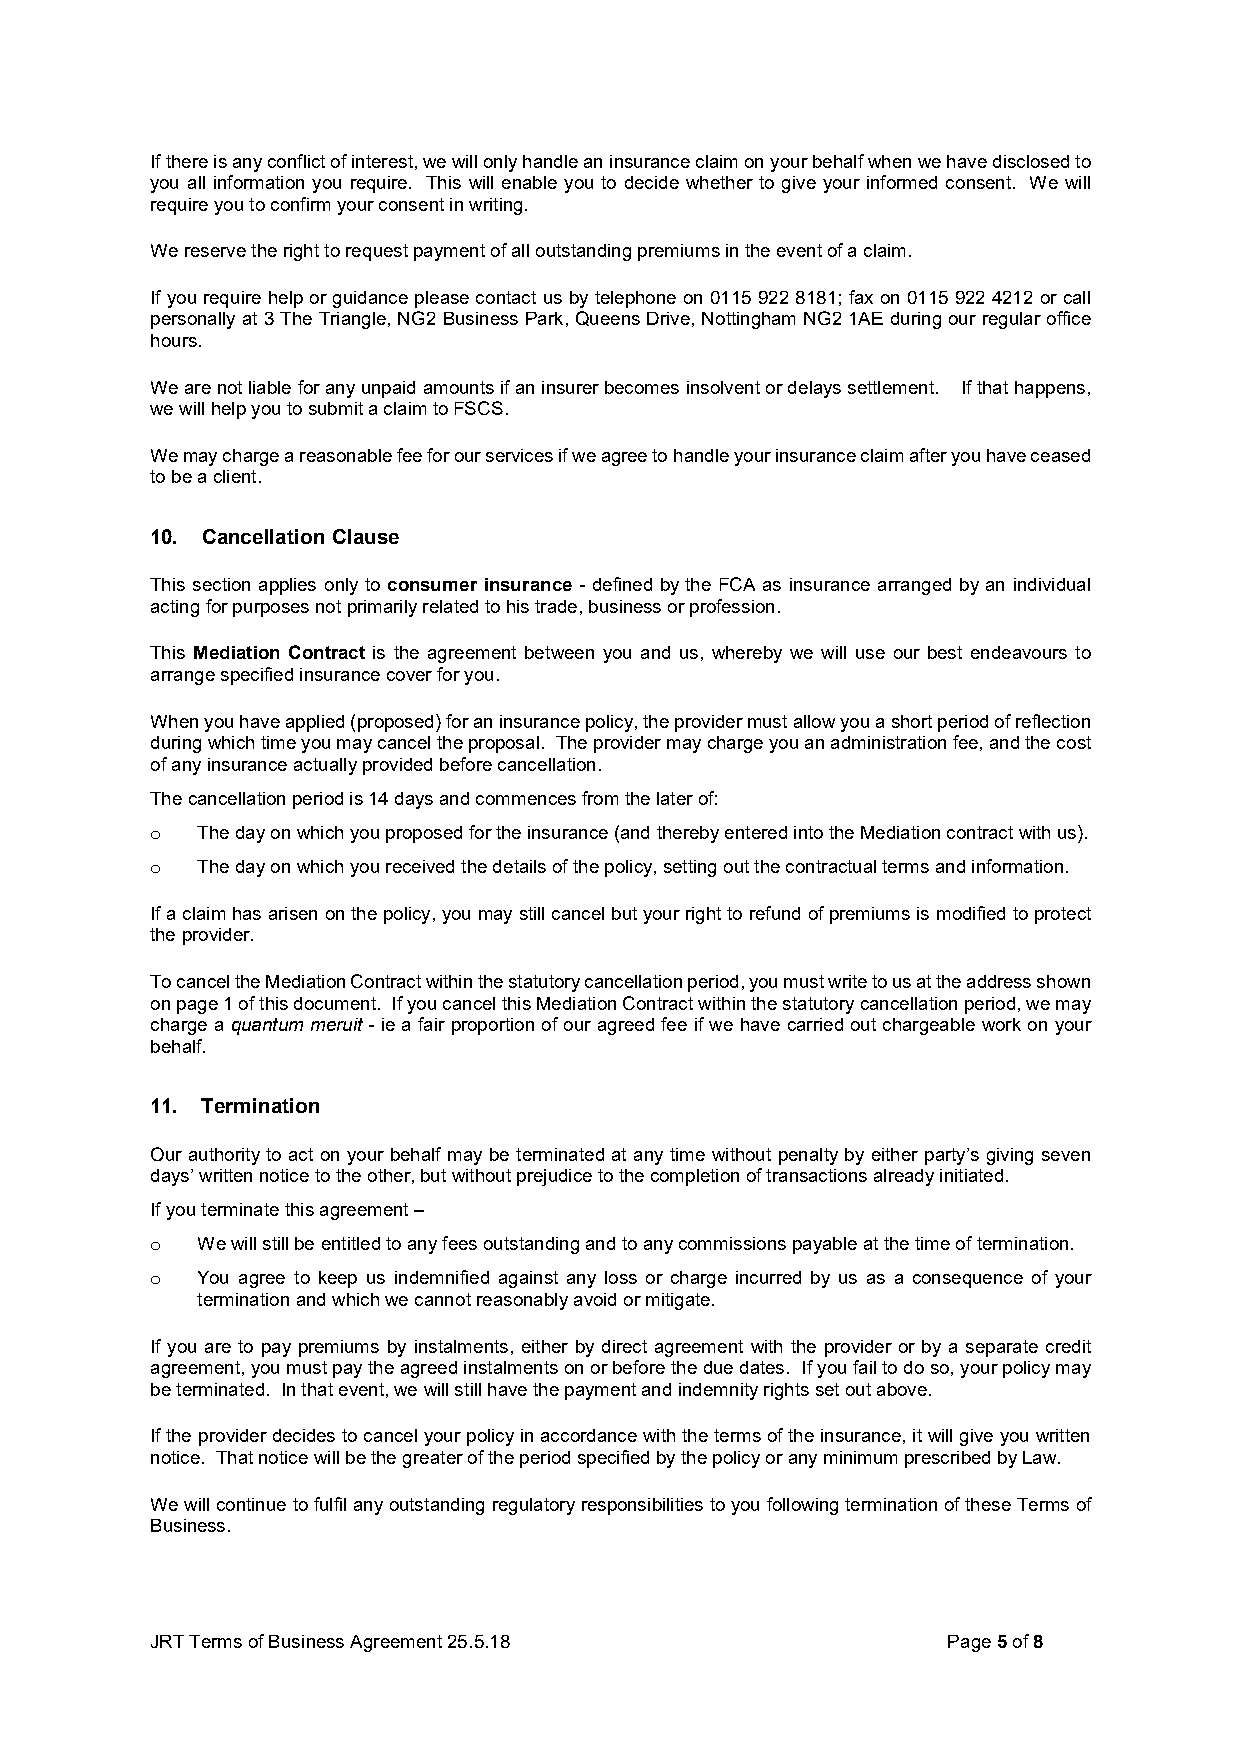
If there is any conflict of interest, we will only handle an insurance claim on your behalf when we have disclosed to
 you all information you require. This will enable you to decide whether to give your informed consent. We will
 require you to confirm your consent in writing.
 We reserve the right to request payment of all outstanding premiums in the event of a claim.
 If you require help or guidance please contact us by telephone on 0115 922 8181; fax on 0115 922 4212 or call
 personally at 3 The Triangle, NG2 Business Park, Queens Drive, Nottingham NG2 1AE during our regular office
 hours.
 We are not liable for any unpaid amounts if an insurer becomes insolvent or delays settlement. If that happens,
 we will help you to submit a claim to FSCS.
 We may charge a reasonable fee for our services if we agree to handle your insurance claim after you have ceased
 to be a client.
 10. Cancellation Clause
 This section applies only to consumer insurance - defined by the FCA as insurance arranged by an individual
 acting for purposes not primarily related to his trade, business or profession.
 This Mediation Contract is the agreement between you and us, whereby we will use our best endeavours to
 arrange specified insurance cover for you.
 When you have applied (proposed) for an insurance policy, the provider must allow you a short period of reflection
 during which time you may cancel the proposal. The provider may charge you an administration fee, and the cost
 of any insurance actually provided before cancellation.
 The cancellation period is 14 days and commences from the later of:
 o  The day on which you proposed for the insurance (and thereby entered into the Mediation contract with us).
 o  The day on which you received the details of the policy, setting out the contractual terms and information.
 If a claim has arisen on the policy, you may still cancel but your right to refund of premiums is modified to protect
 the provider.
 To cancel the Mediation Contract within the statutory cancellation period, you must write to us at the address shown
 on page 1 of this document. If you cancel this Mediation Contract within the statutory cancellation period, we may
 charge a quantum meruit - ie a fair proportion of our agreed fee if we have carried out chargeable work on your
 behalf.
 11. Termination
 Our authority to act on your behalf may be terminated at any time without penalty by either party’s giving seven
 days’ written notice to the other, but without prejudice to the completion of transactions already initiated.
 If you terminate this agreement –
 o  We will still be entitled to any fees outstanding and to any commissions payable at the time of termination.
 o  You agree to keep us indemnified against any loss or charge incurred by us as a consequence of your
 termination and which we cannot reasonably avoid or mitigate.
 If you are to pay premiums by instalments, either by direct agreement with the provider or by a separate credit
 agreement, you must pay the agreed instalments on or before the due dates. If you fail to do so, your policy may
 be terminated. In that event, we will still have the payment and indemnity rights set out above.
 If the provider decides to cancel your policy in accordance with the terms of the insurance, it will give you written
 notice. That notice will be the greater of the period specified by the policy or any minimum prescribed by Law.
 We will continue to fulfil any outstanding regulatory responsibilities to you following termination of these Terms of
 Business.
 JRT Terms of Business Agreement 25.5.18              Page 5 of 8